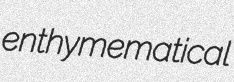
enthymematical